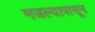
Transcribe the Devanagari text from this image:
मजल्यापासून